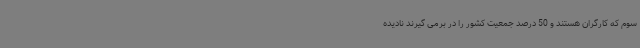
سوم که کارگران هستند و 50 درصد جمعیت کشور را در برمی گیرند نادیده